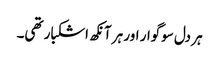
ہر دل سوگوار اور ہر آنکھ اشکبار تھی۔